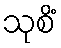
သုစိံ